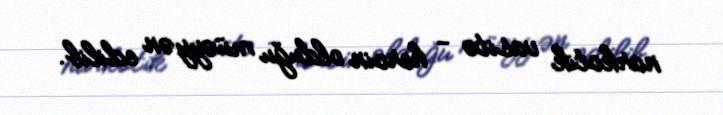
narkotik vasitə - heroin olduğu müəyyən edilib.